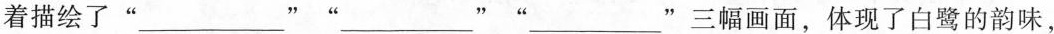
着描绘了"___""___""___"三幅画面，体现了白鹭的韵味